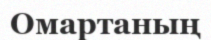
Омартаның